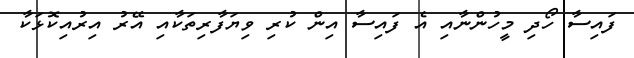
ފައިސާ ހޯދި މީހުންނާއި އެ ފައިސާ އިން ކުރި ވިޔަފާރިތަކާއި އޭރު އިރުއިކޮޅަކާ